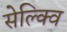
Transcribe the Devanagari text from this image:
सेल्क्वि